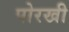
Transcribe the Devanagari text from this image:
पोरखी